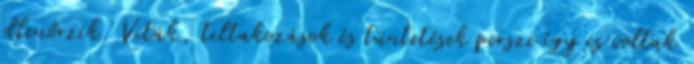
ellenőrzik. Viták, tiltakozások és tüntetések persze így is voltak